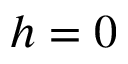
h = 0